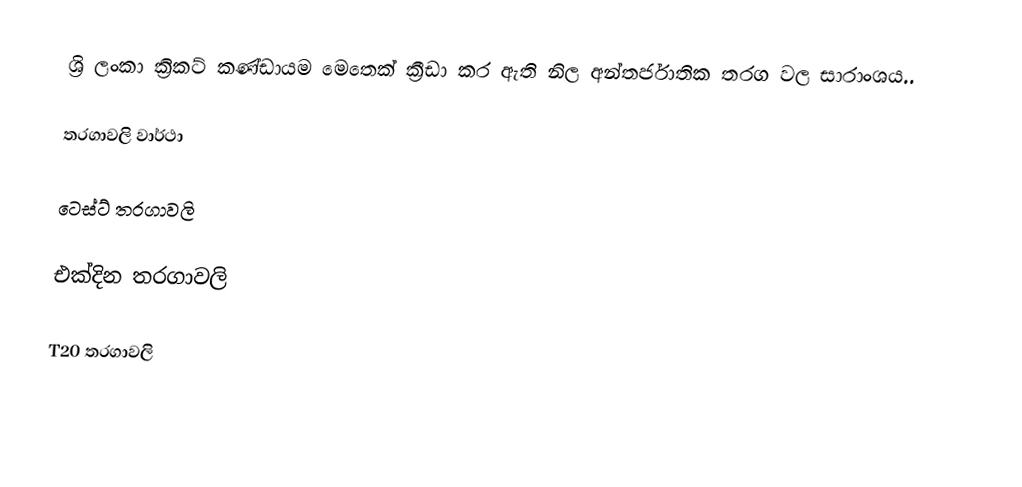
ශ්‍රි ලංකා ක්‍රිකට් කණ්ඩායම මෙතෙක් ක්‍රීඩා කර ඇති නිල අන්තර්ජාතික තරග වල සාරාංශය..

තරගාවලි වාර්ථා

ටෙස්ට් තරගාවලි

එක්දින තරගාවලි

T20 තරගාවලි